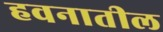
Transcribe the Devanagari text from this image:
हवनातील